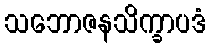
သဘောဇနသိက္ခာပဒံ